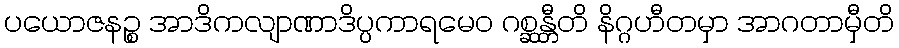
ပယောဇနဉ္စ အာဒိကလျာဏာဒိပ္ပကာရမေဝ ဂစ္ဆန္တီတိ နိဂ္ဂဟီတမှာ အာဂတာမှီတိ